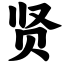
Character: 贤